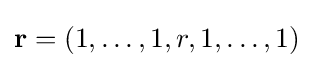
{\textstyle \mathbf {r} =\left(1,\ldots ,1,r,1,\ldots ,1\right)}